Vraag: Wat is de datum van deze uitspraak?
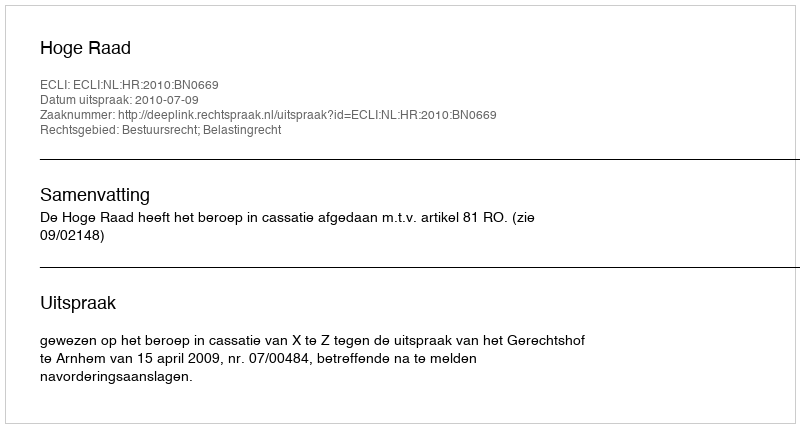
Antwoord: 2010-07-09